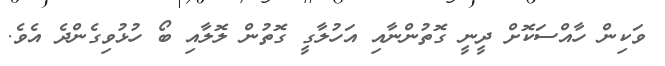
ވަކިން ހާއްސަކޮށް ދީނީ ގޮތުންނާއި އަހުލާގީ ގޮތުން ލޮލާއި ބޯ ހުޅުވިގެންދެ އެވެ.